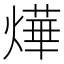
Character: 燁